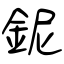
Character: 鈮